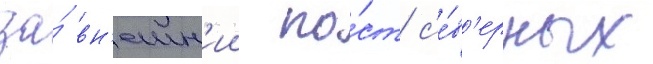
за́ вн'ешн'ии по́ст с'е́в'ерных